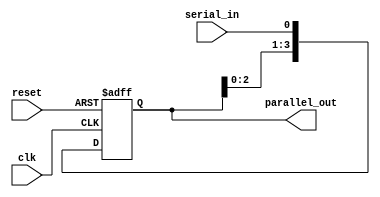
module SIPO (
  input wire clk, // Clock signal
  input wire reset, // Reset signal
  input wire serial_in, // Serial input data
  output reg [3:0] parallel_out // Parallel output data
);

reg [3:0] shift_reg; // Shift register

always @(posedge clk or posedge reset) begin
  if (reset) begin
    shift_reg <= 4'b0; // Reset shift register to 0
  end else begin
    shift_reg <= {shift_reg[2:0], serial_in}; // Shift input data through the flip-flops
  end
end

assign parallel_out = shift_reg; // Output parallel data

endmodule